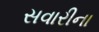
સવારીના